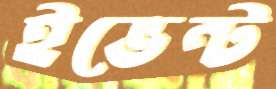
ইভেন্ট